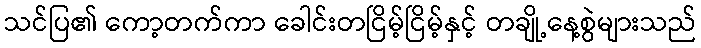
သင်ပြ၏ ကော့တက်ကာ ခေါင်းတငြိမ့်ငြိမ့်နှင့် တချို့နေ့စွဲများသည်